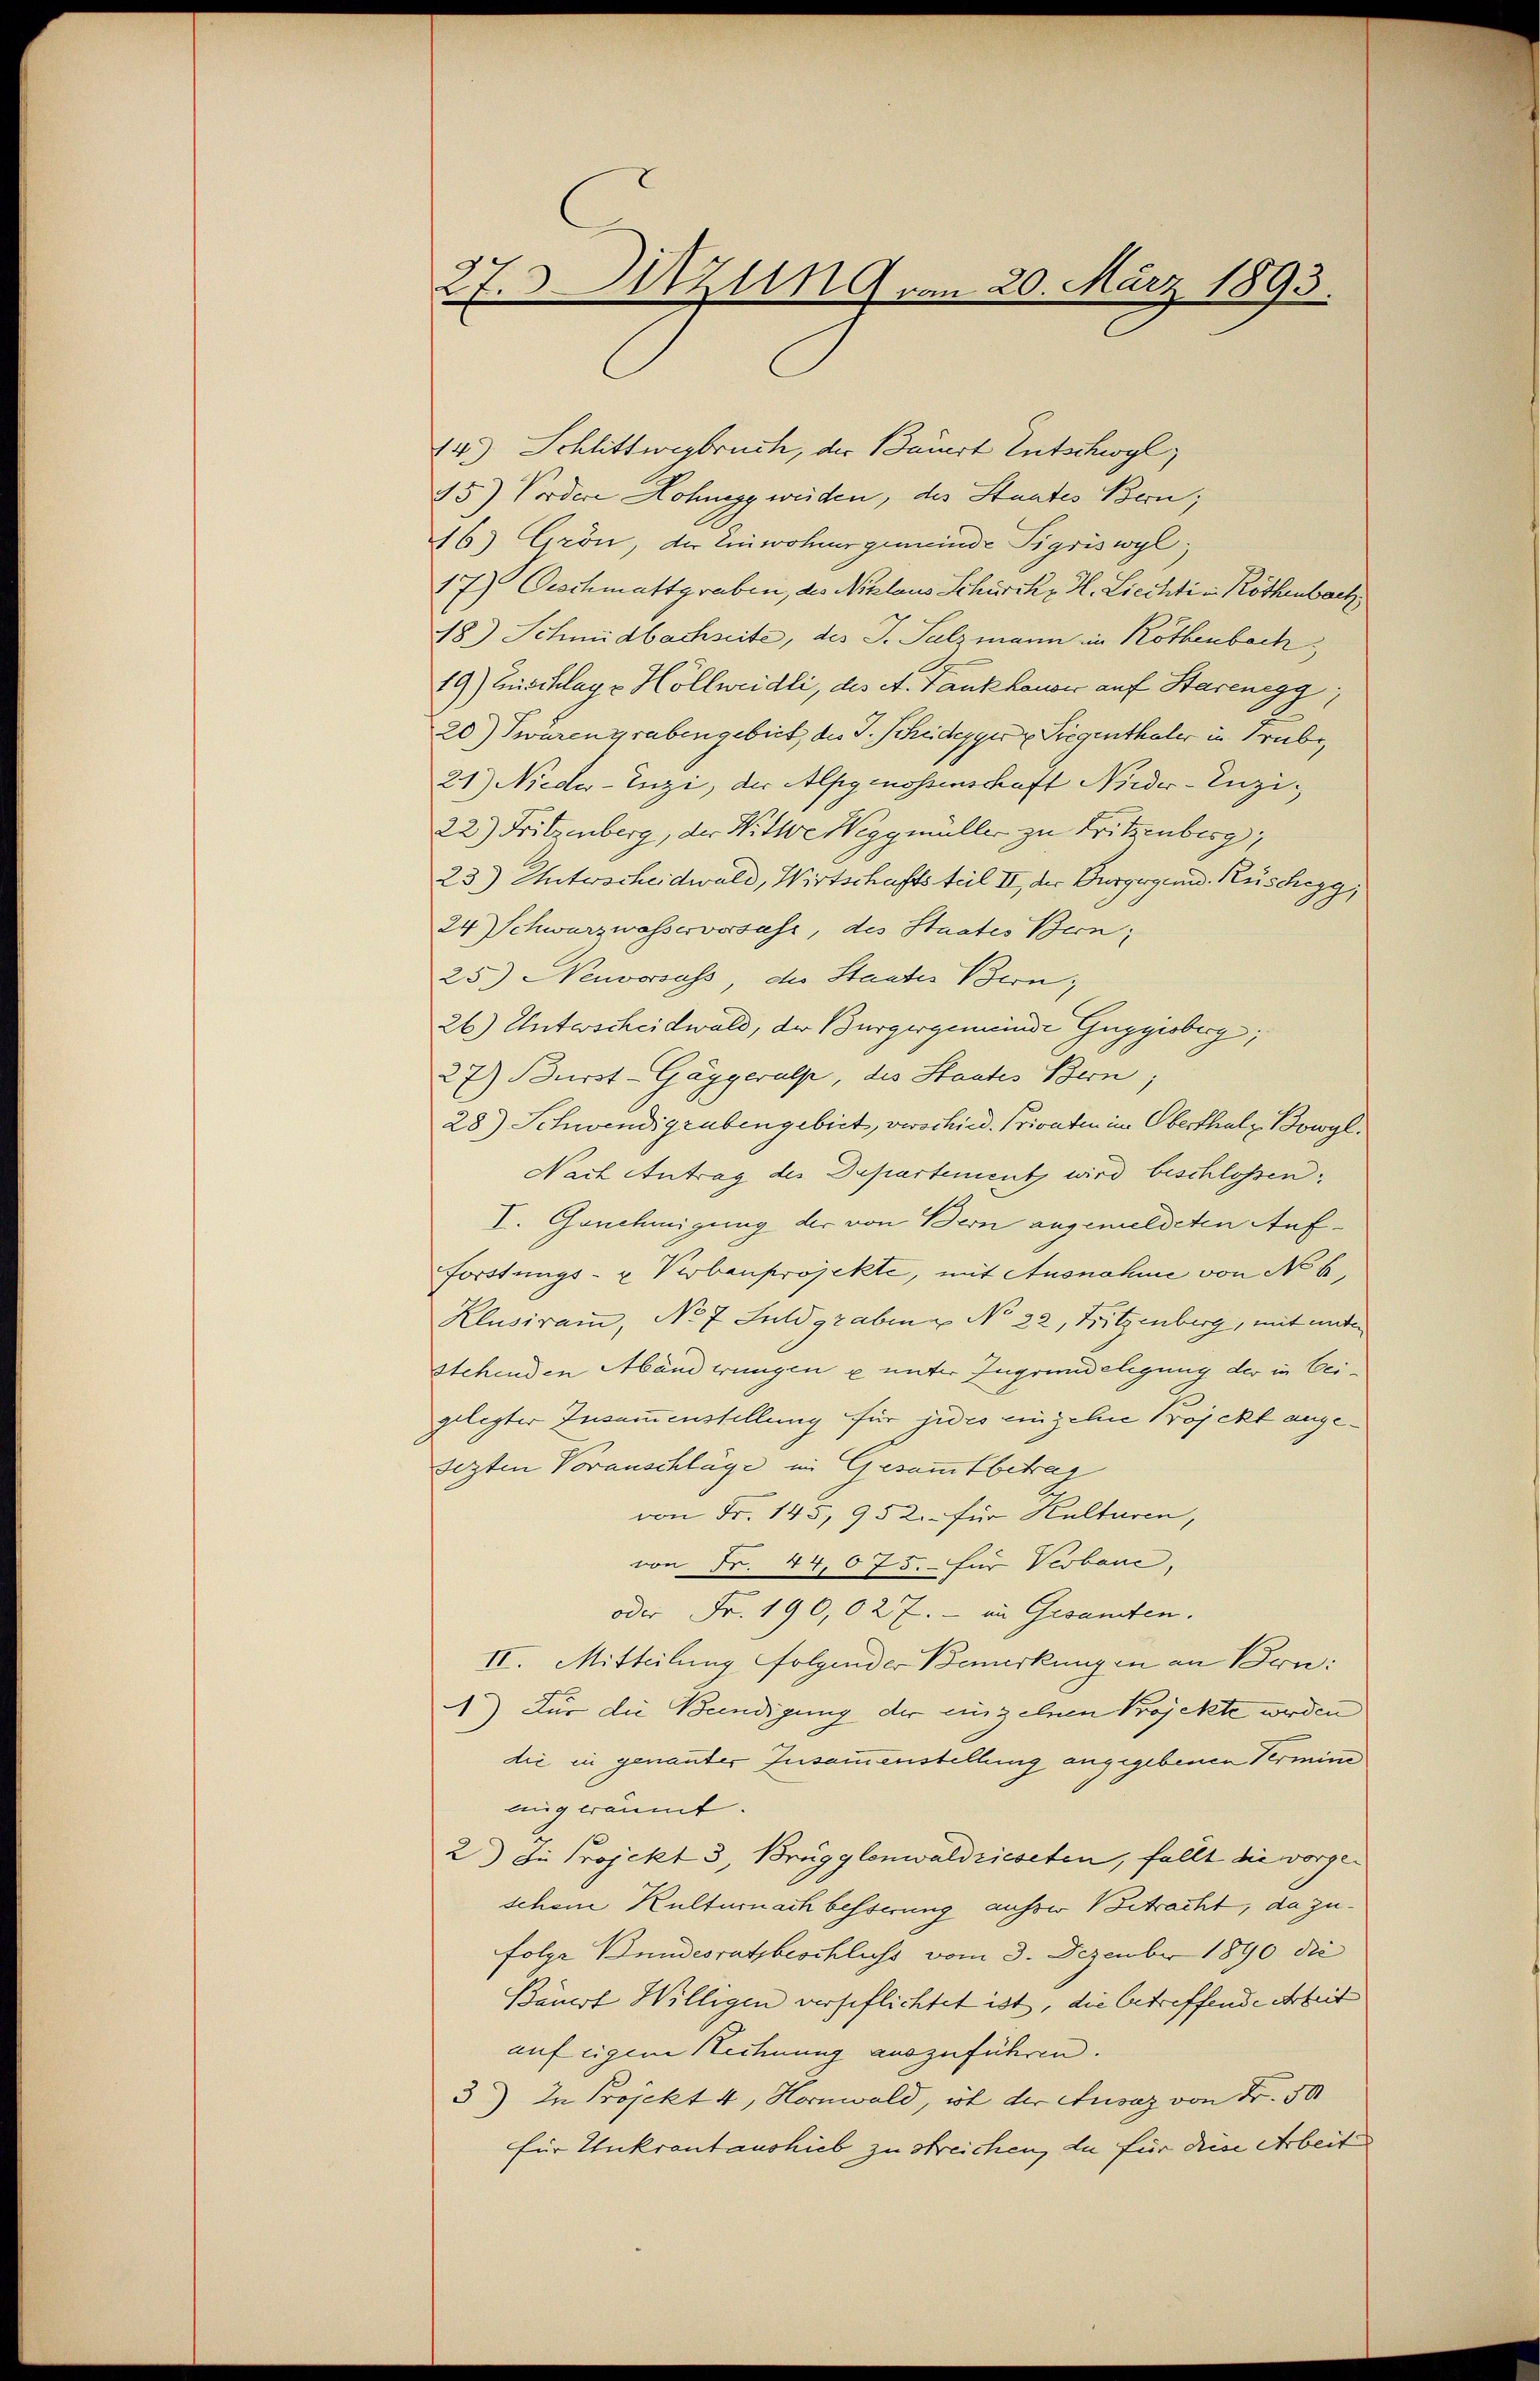
27. 3. Sitzung, am 20. März 1893.

14.) Schlittwegbruch, der Bauert Entschwyl,
45) Vordere Honegg weiden, des Staates Bern;
46) Grön, der Einwohner gemeinde Sigriswyl,
17) Oeschmattgraben, des Niklaus Schürck, H. Liechti in Röthenbach
18.) Schmidbachseite, des J. Salzmann im Rothenbach,
19) Erschlage Höllweidli, des A. Tankkanon auf Starenegg,
20) wärengrabengebiet, des J. Scheidegger Siegenthaler in Trube,
21) Nieder-Enzi, der Alpgenossenschaft Nieder-Inzi¬
22) Fritzenberg, der Witwe Weggmüller zu Fritzenberg,
23) Unterscheidwald, Wirtschaftsteil II, der Burgergund Rüschegg,
24 Schwarzwasserversasr, des Staates Bern;
25.) Neuversass, der Staates Bern,
26) Unterscheidwald, der Bürgergemeinde Guggesberg,
27) Burst-Gäggeralp, des Staates Bern,
28) Schwendigrubengebiet, verschied. Privaten im Oberthalz Bowyl.
Nach Antrag des Departement wird beschlossen,
V. Genehmigung der von Bern angemeldeten Auf¬
Forstungs- u Verbauprojekte, mit Ausnahme von No 6.
Klusiram, No 7 Fuld graben & No 22. Fritzenberg, mit unter
stehenden Abänderungen u unter Ingründeligung der in Beigelegter Zusammenstellung für jedes einzelne Projekt angesezten Voranschläge im Gesammtbetrag
von Fr. 145, 952. für Kulturen,
von Fr. 44,075.- für Verbaue
oder Fr. 190,02 7.- in Gesamten.
II. Mitteilung folgender Bemerkungen an Bern:
) Für die Beendigung der einzelnen Projekte werden
dić in genannter Zusammenstellung angegebenen Vermine
ling räumt.
2) Die Projekt 3, Brügglenwaldrieseten, fällt die vorgen
schene Kulturnach besserung ausse Betracht, da zufolge Bundesratsbeschluss vom 3. Dezember 1890 die
Bauert Willigen verseflichtet ist, die betreffende Arbeit
auf eigem Rechnung auszuführen.
3) In Projekt 4, Hornwald, ist der Ausaz von Fr. 50
für Unkrantaushieb zu streichen, da für den Arbeit